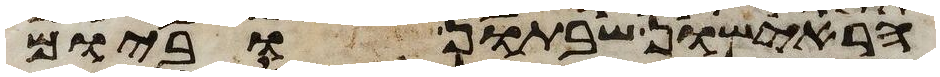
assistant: הראישון שבתון וביום